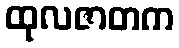
ထုလဇာတက